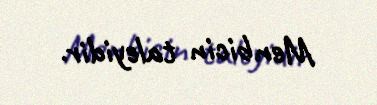
Menbicin taleyidir.